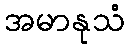
အမာနုသံ